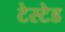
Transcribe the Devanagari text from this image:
टेस्टेड